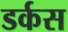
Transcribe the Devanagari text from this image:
डर्कस